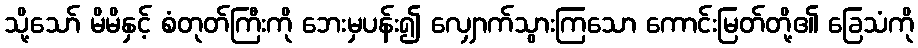
သို့သော် မိမိနှင့် စံတုတ်ကြီးကို ဘေးမှပန်း၍ လျှောက်သွားကြသော ကောင်းမြတ်တို့၏ ခြေသံကို